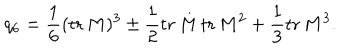
q _ { 6 } = \frac 1 6 ( \mathrm { t r } \, M ) ^ { 3 } \pm \frac 1 2 \mathrm { t r } \, M \, \mathrm { t r } \, M ^ { 2 } + \frac 1 3 \mathrm { t r } \, M ^ { 3 } .